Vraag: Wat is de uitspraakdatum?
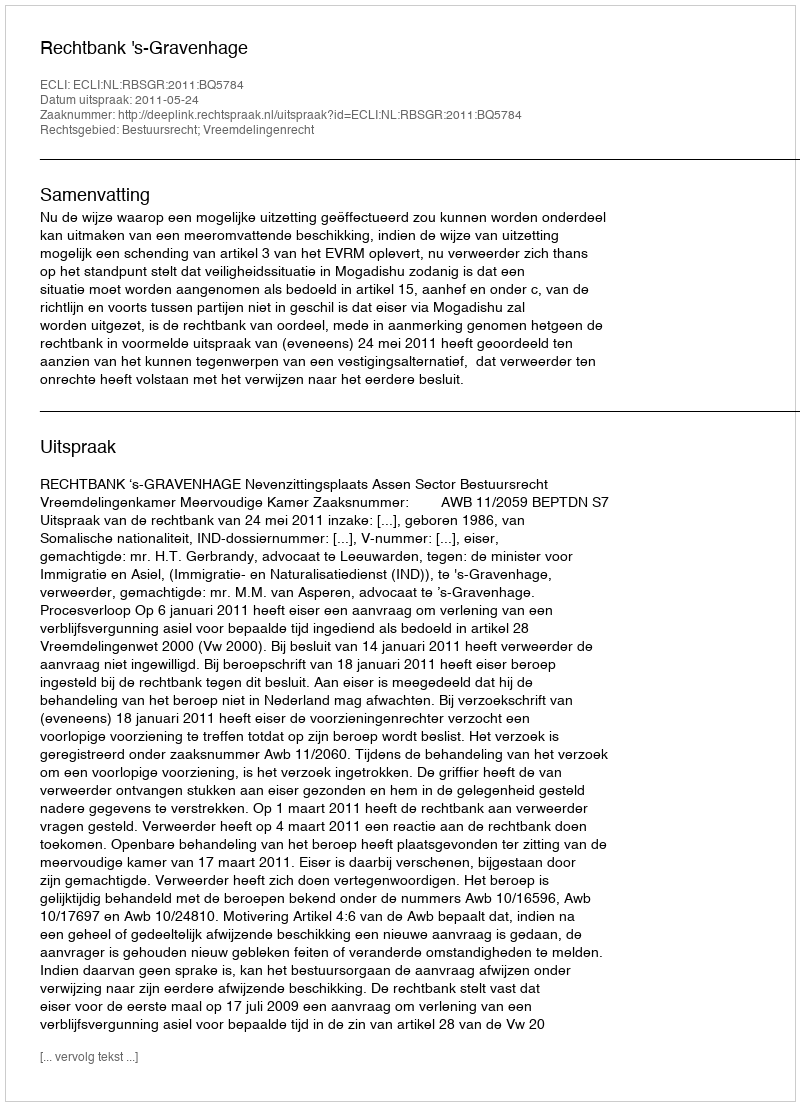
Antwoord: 2011-05-24